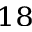
^ { 1 8 }